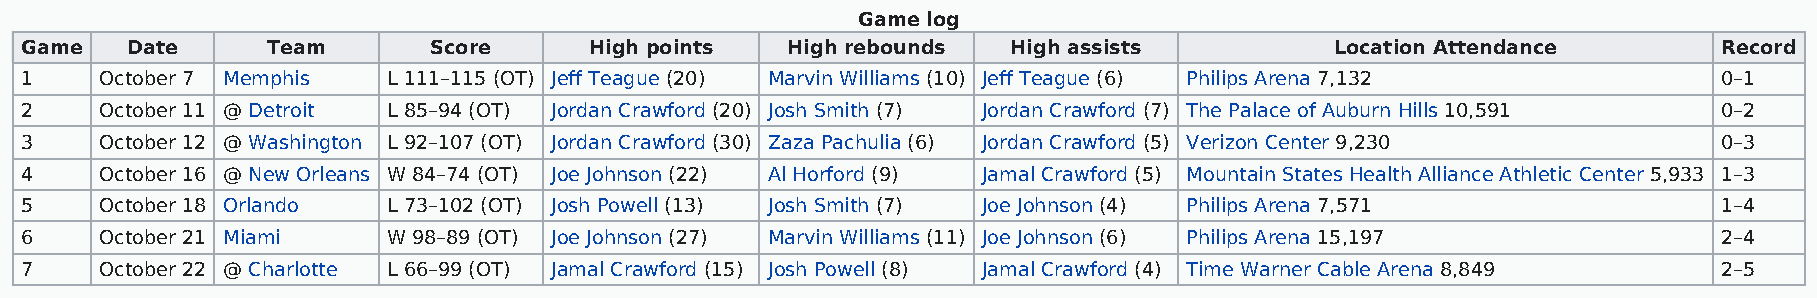
Game log
 Game   Date      Team      Score      High points  High rebounds  High assists         Location Attendance       Record
 1     October 7 Memphis  L 111–115 (OT) Jeff Teague (20) Marvin Williams (10) Jeff Teague (6) Philips Arena 7,132 0–1
 2     October 11 @ Detroit L 85–94 (OT) Jordan Crawford (20) Josh Smith (7) Jordan Crawford (7) The Palace of Auburn Hills 10,591 0–2
 3     October 12 @ Washington L 92–107 (OT) Jordan Crawford (30) Zaza Pachulia (6) Jordan Crawford (5) Verizon Center 9,230 0–3
 4     October 16 @ New Orleans W 84–74 (OT) Joe Johnson (22) Al Horford (9) Jamal Crawford (5) Mountain States Health Alliance Athletic Center 5,933 1–3
 5     October 18 Orlando L 73–102 (OT) Josh Powell (13) Josh Smith (7) Joe Johnson (4) Philips Arena 7,571       1–4
 6     October 21 Miami   W 98–89 (OT) Joe Johnson (27) Marvin Williams (11) Joe Johnson (6) Philips Arena 15,197 2–4
 7     October 22 @ Charlotte L 66–99 (OT) Jamal Crawford (15) Josh Powell (8) Jamal Crawford (4) Time Warner Cable Arena 8,849 2–5